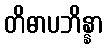
တိဓာပဘိန္နာ